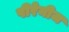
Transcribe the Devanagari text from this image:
पीरेनीज